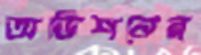
অডিশনের